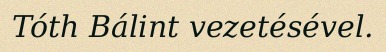
Tóth Bálint vezetésével.